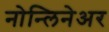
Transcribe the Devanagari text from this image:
नोन्लिनेअर